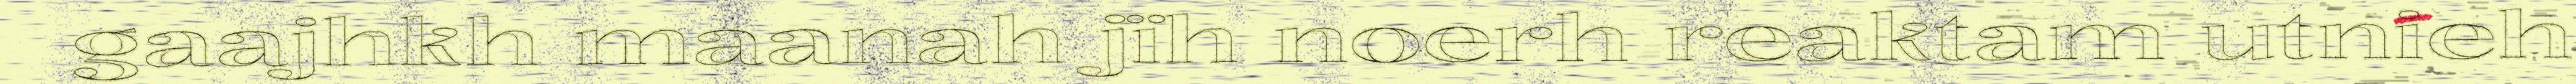
gaajhkh maanah jïh noerh reaktam utnieh